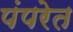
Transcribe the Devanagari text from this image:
पंपरेत